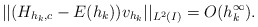
\begin{align*} ||(H_{h_k,c} - E(h_k))v_{h_k}||_{L^2(I)} = O(h_k^\infty).\end{align*}